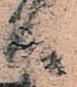
へ